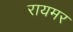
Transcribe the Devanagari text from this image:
रायमर